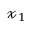
\boldsymbol { \mathscr { x } } _ { 1 }